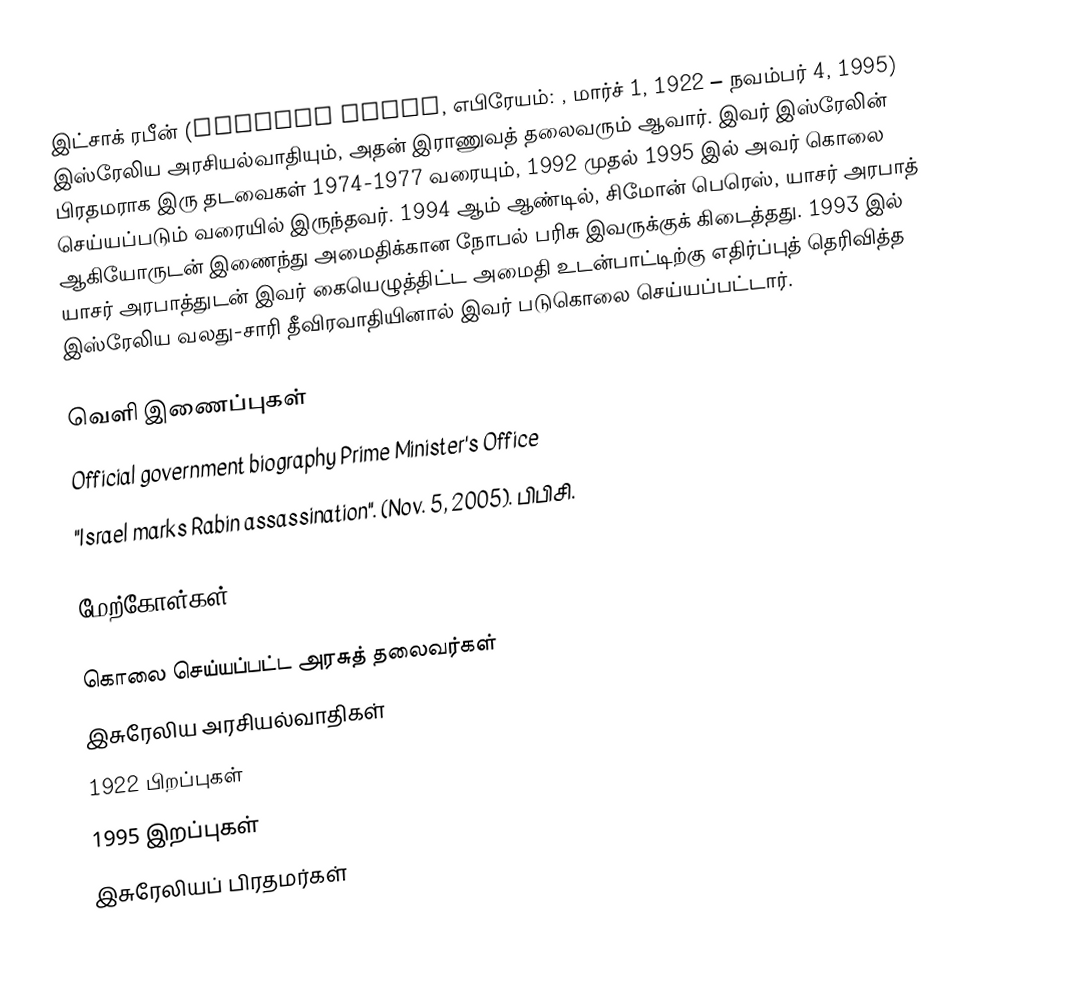
இட்சாக் ரபீன் (Yitzhak Rabin, எபிரேயம்: , மார்ச் 1, 1922 – நவம்பர் 4, 1995) இஸ்ரேலிய அரசியல்வாதியும், அதன் இராணுவத் தலைவரும் ஆவார். இவர் இஸ்ரேலின் பிரதமராக இரு தடவைகள் 1974-1977 வரையும், 1992 முதல் 1995 இல் அவர் கொலை செய்யப்படும் வரையில் இருந்தவர். 1994 ஆம் ஆண்டில், சிமோன் பெரெஸ், யாசர் அரபாத் ஆகியோருடன் இணைந்து அமைதிக்கான நோபல் பரிசு இவருக்குக் கிடைத்தது. 1993 இல் யாசர் அரபாத்துடன் இவர் கையெழுத்திட்ட அமைதி உடன்பாட்டிற்கு எதிர்ப்புத் தெரிவித்த இஸ்ரேலிய வலது-சாரி தீவிரவாதியினால் இவர் படுகொலை செய்யப்பட்டார்.

வெளி இணைப்புகள்
 Official government biography Prime Minister's Office
 "Israel marks Rabin assassination". (Nov. 5, 2005). பிபிசி.

மேற்கோள்கள்

கொலை செய்யப்பட்ட அரசுத் தலைவர்கள்
இசுரேலிய அரசியல்வாதிகள்
1922 பிறப்புகள்
1995 இறப்புகள்
இசுரேலியப் பிரதமர்கள்